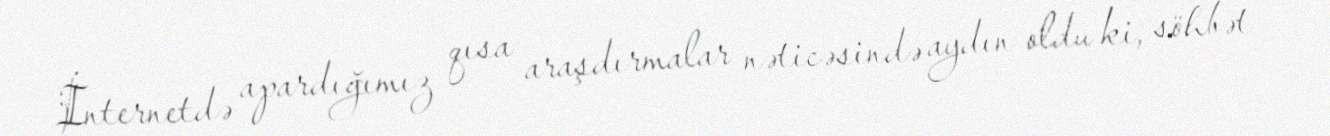
İnternetdə apardığımız qısa araşdırmalar nəticəsində aydın oldu ki, söhbət